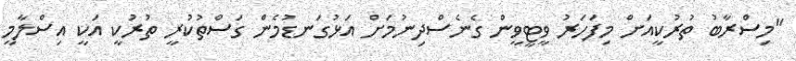
"މިސްރާބު ތުރުކީއަށް މިފަހަރު ވީޓީވީން ގެނެސްދިނުމަށް އަޅުގަނޑުމެން ގަސްތުކުރީ ތުރުކީ އަކީ އިސްލާމީ